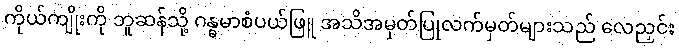
ကိုယ်ကျိုးကို ဘူဆန်သို့ ဂန္ဓမာစံပယ်ဖြူ အသိအမှတ်ပြုလက်မှတ်များသည် လေညှင်း